King Institute of Preventive Medicine Micro-Biological Section reports 1909-11
Year: 1909
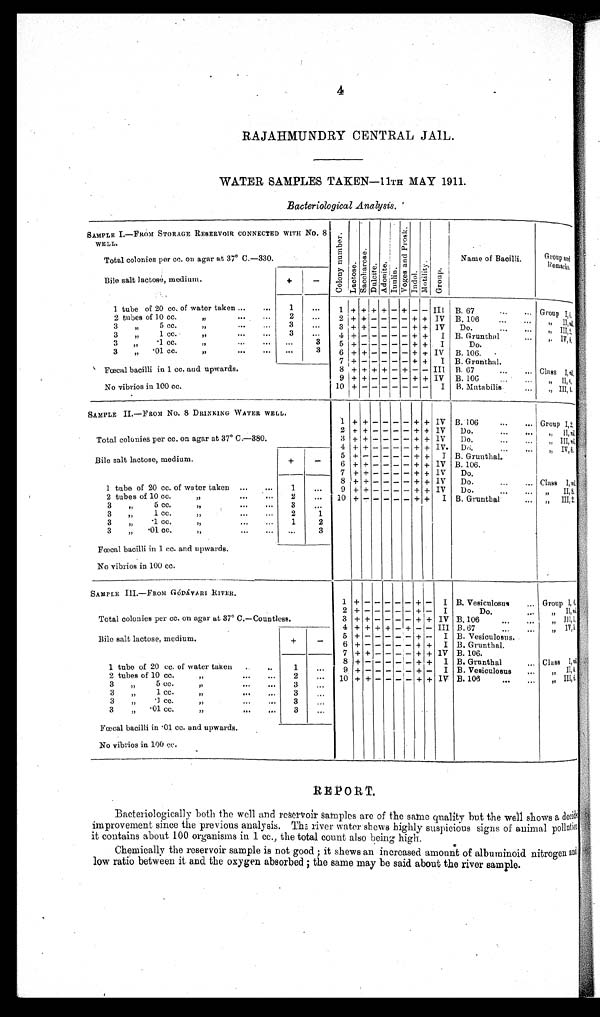
4
RAJAHMUNDRY CENTRAL JAIL.
WATER SAMPLES TAKEN—11TH MAY 1911.
Bacteriological Analysis.
SAMPLE I.—FROM STORAGE RESERVOIR CONNECTED WITH No.
8 WELL.
Nu mb e r .
Lact oae.
S a c c h a r o s e .
D u l o i t e . Ad o n i t e . I n u l i n .
V o g a a n d P r o s k .
Indol .
Mo d a l i t y .
Gr o u p .
Name of Bacilli.
Group a
n d R e ma r k s .
Total colonies per cc. on agar at 37° C.—330.
Bile salt lactose,medium.
+
-
1 tube of 20 cc. of water taken ...
...
1
. . .
1 + + + + - + - - III B. 67
G r o u p I , 4 .
2 tubes of 10 cc. „ ...
...
2
. . .
2 ++ - - - - + + IV B. 106
„ I I ,
n i l
.
3 „ 5 cc. „ ...
...
3
. . .
3 + + - - - - + + IV Do.
„ I I I , 2 .
3 „ 1cc. „ ...
...
3
. . .
4 +-
- - - - + + I B. Grunthal.
„ I V , 4 .
3 „ .1 cc. „ ...
...
. . .
3
5 + -
- - - - + + I Do.
3 „ .01 cc. „ ...
...
. . .
3
6 + + - - - - + + IV B. 106.
Fœcal bacilli in 1 cc. and upwards.
7 + -
- - - - + + I B. Grunthal.
8 + + + + - + - - III B. 67
Class
I ,n
i l .
9 + + - - - - + + IV B. 106
....
...
„ I I , 6 .
No vibrios in 100 cc.
10 + -
- - - - - - I B. Mutabilis
„ I I I , 4 .
SAMPLE II—FROM No. 8 DRINKING WATER WELL.
1 + + - - - - + + IV B. 106
...
Group I, 2.
Total colonies per cc. on agar at 37° C.—380.
2 + + - - - - + + IV Do.
„ I I ,
n i l
.
3 + + - - - - + + IV Do.
„ I I I .
n i l.
4 + + - - - - + + IV. Do.
„ I V , 8 .
Bile salt lactose, medium.
+
-
5 + -
- - - - + + I B. Grunthal.
6 + + - - - - + + IV B. 106.
7 + + - - - - + + IV Do.
1 tube of 20 cc. of water taken ...
1
. . .
8 + + - - - - + + IV Do.
...
... Class I, n i l .
9 + + - - - - + + IV Do. . . .
. . .
„ I I , 8 .
2 tubes of 10 cc. „
...
2
. . .
1 0 + -
- - - - + + I B. Grunthal
... „ I I I , 2 .
3 „ 5 cc. „
.
..
3
. . .
3 ,, 1 cc. „
.
..
2
1
3 „ .1 cc. „ ...
1
2
3 „ .01 cc. „ ...
. . .
3
Fœcal bacilli in 1 cc. and upwards.
No vibrios in 100 cc.
SAMPLE III. —FROM GÓDÁVARI RIVER.
1 + -
- - - -
+ - I B. Vesiculosus... Group I, 6.
Total colonies per cc. on agar at 37°C.—Countless.
2 + -
- - - -
+ - I
Do.
„ I I ,
n i l .
3 + + - - - -
+ + IV B.106
„ I I I , 1 .
4 + + + + - + - - III B.67
...
. . .
„ I V , 3 .
Bile salt lactose, medium.
+
-
5 + -
- - - -
+ - I B. Vesiculosus.
6 + -
- - - -
+ + I B. Grunthal.
1 tube of 20 cc. of water taken
...
1
. . .
7 + + - - - - + + IV B. 106.
...
8 + - - - - -
+ + I B. Grunthal
... Class I, n i l .
9 + -
- - - -
+ - I B. Vesiculosus
„ II, 4.
2 tubes of 10 cc. „
...
...
2
. . .
1 0 + + - - - -
+ + IV B. 106
„ I I I 4 .
3 „ 5 cc. „
...
...
3
. . .
3 , , 1 cc. „ ... ...
3
. . .
3 „ .1 cc. „ ... ...
3
. . .
3 „ .01 cc. „ ... ...
3
. . .
Fœcal baci l l i i n . 01 cc. and upwards.
No vibrios in 100 cc.
R E P O R T .
Bacteriologically both the well and reservoir samples are of the same quality but the well shows a decided
improvement since the previous analysis. The river water shows highly suspicious signs of animal pollution
it contains about 100 organisms in 1 cc., the total count also being high.
Chemically the reservoir sample is not good; it shows an increased amount of albuminoid nitrogen and
low ratio between it and the oxygen absorbed; the same may be said about the river sample.